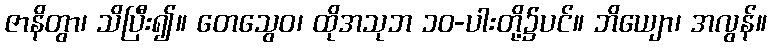
ဇာနိတွာ၊ သိပြီး၍။ တေသွေဝ၊ ထိုအသုဘ ၁၀-ပါးတို့၌ပင်။ ဘိယျော၊ အလွန်။